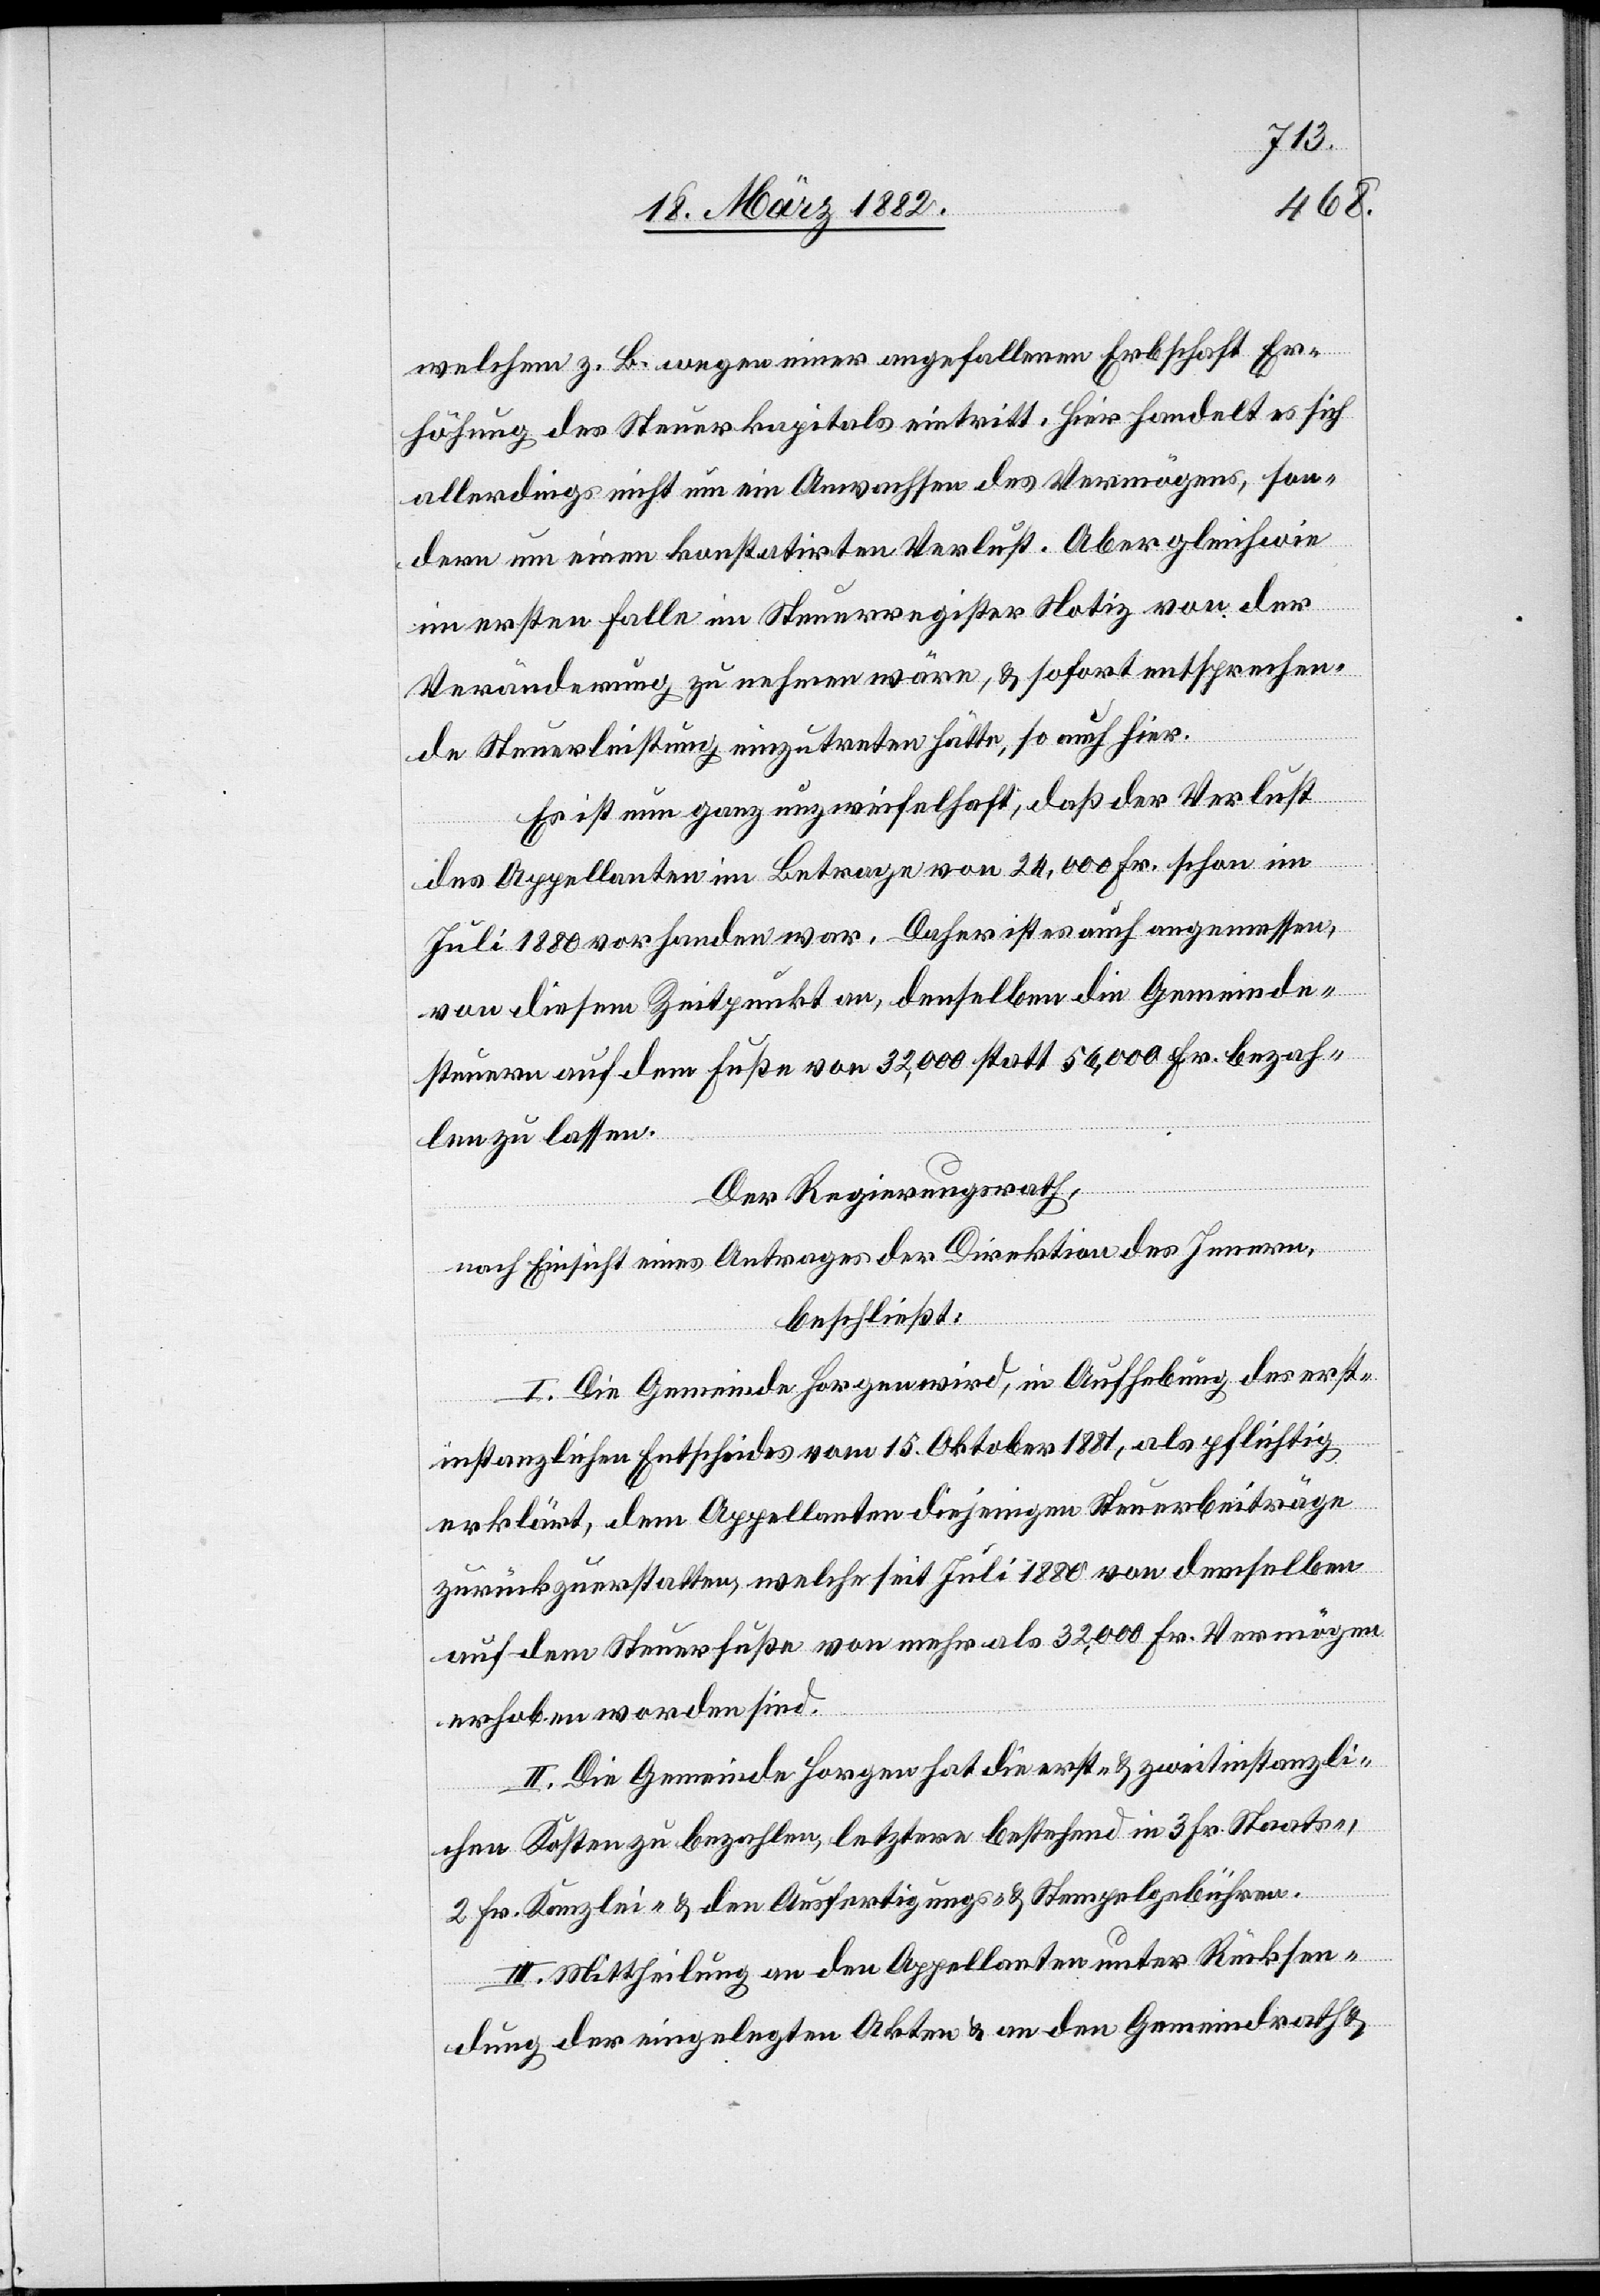
welchem z. B. wegen einer angefallenen Erbschaft Er¬
höhung des Steuerkapitals eintritt. Hier handelt es sich
allerdings nicht um ein Anwachsen des Vermögens, son¬
dern um einen konstatirten Verlust. Aber gleichwie
im ersten Falle im Steuerregister Notiz von der
Veränderung zu nehmen wäre, & sofort entsprechen¬
de Steuerleistungen einzutreten hätten, so auch hier.
Es ist nun ganz unzweifelhaft, daß der Verlust
des Appellanten im Betrage von 24,000 Fr. schon im
Juli 1880 vorhanden war. Daher ist es auch angemessen,
von diesem Zeitpunkte an, denselben die Gemeinde¬
steuern auf dem Fuße von 32,000 statt 56,000 Fr. bezah¬
len zu lassen.
Der Regierungsrath,
nach Einsicht eines Antrages der Direktion des Innern,
beschließt:
I. Die Gemeinde Horgen wird, in Aufhebung des erst¬
instanzlichen Entscheides vom 15. Oktober 1881, als pflichtig
erklärt, dem Appellanten diejenigen Steuerbeiträge
zurückzuerstatten, welche seit Juli 1880 von demselben
auf dem Steuerfuße von mehr als 32,000 Fr. Vermögen
erhoben worden sind.
II. Die Gemeinde Horgen hat die erst- & zweitinstanzli¬
chen Kosten zu bezahlen, letztere bestehend in 3. Fr. Staats-,
2 Fr. Kanzlei- und den Ausfertigungs- & Stempelgebühren.
III. Mittheilung an den Appellanten unter Rücksen¬
dung der eingelegten Akten & an den Gemeindrath &